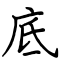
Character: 底